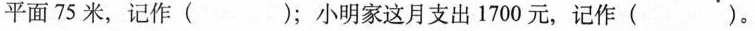
平面75米，记作( )；小明家这月支出1700元，记作( )